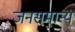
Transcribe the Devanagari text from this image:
जनसमान्य